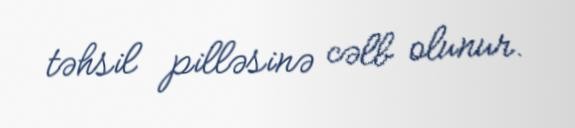
təhsil pilləsinə cəlb olunur.